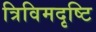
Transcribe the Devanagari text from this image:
त्रिविमदृष्टि